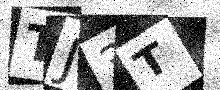
Text: TJ3T